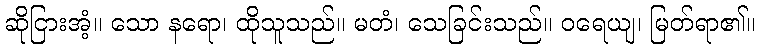
ဆိုငြားအံ့။ သော နရော၊ ထိုသူသည်။ မတံ၊ သေခြင်းသည်။ ဝရေယျ၊ မြတ်ရာ၏။